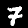
Label: 7